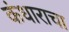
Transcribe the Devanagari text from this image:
कंधाराचा